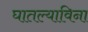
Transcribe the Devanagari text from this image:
घातल्याविना